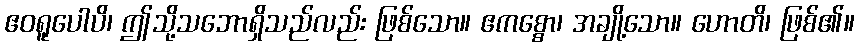
ဧဝရူပေါပိ၊ ဤသို့သဘောရှိသည်လည်း ဖြစ်သော။ ဧကစ္စော၊ အချို့သော။ ဟောတိ၊ ဖြစ်၏။